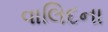
વાલિદના